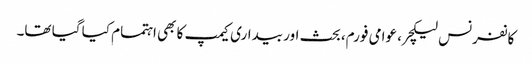
کانفرنس لیکچر، عوامی فورم، بحث اور بیداری کیمپ کا بھی اہتمام کیا گیا تھا۔